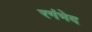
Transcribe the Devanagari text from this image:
रगंभेद